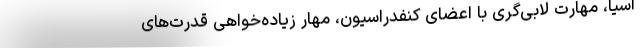
آسیا، مهارت لابی‌گری با اعضای کنفدراسیون، مهار زیاده‌خواهی قدرت‌های